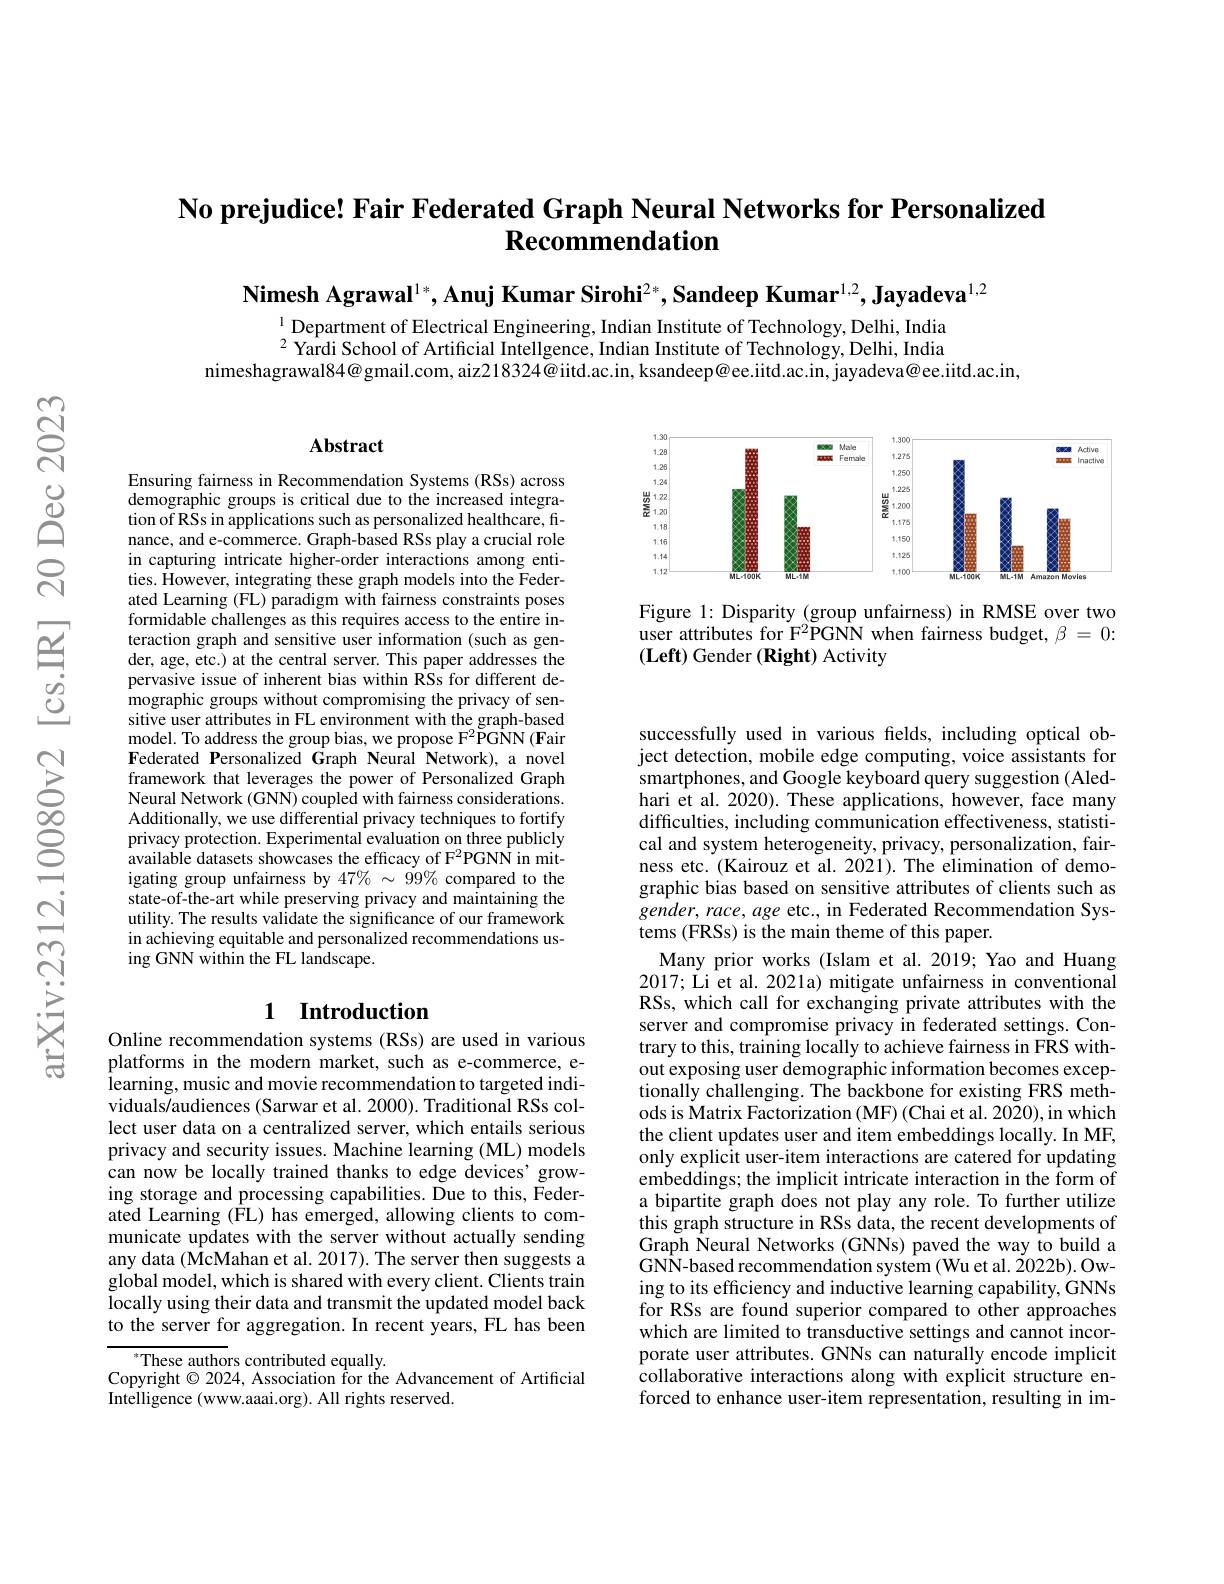
## No prejudice! Fair Federated Graph Neural Networks for Personalized Recommendation

Nimesh Agrawal$^{1*}$,Anuj Kumar Sirohi$^2*,\textbf{Sandeep Kumar}^{1,2},\textbf{Jayadeva}^{1,2}$

$^{1}$ Department of Electrical Engineering, Indian Institute of Technology, Delhi, India $^{2}$Yardi School of Artificial Intellgence, Indian Institute of Technology, Delhi, India
nimeshagrawal$84@$gmail.com, aiz21$8324@$iitd.ac.in, ksandeep@ee.iitd.ac.in, jayadeva@ee.iitd.ac.in,

### $\mathbf{Abstract}$

<FigureHere>

Figure 1: Disparity (group unfairness) in RMSE over two user attributes for F$^2$PGNN when fairness budget, $\beta = 0:$ $( \textbf{Left) Gender ( Right) Activity}$

Ensuring fairness in Recommendation Systems (RSs) across demographic groups is critical due to the increased integration of RSs in applications such as personalized healthcare, finance, and e-commerce. Graph-based RSs play a crucial role in capturing intricate higher-order interactions among entities. However, integrating these graph models into the Federated Learning (FL) paradigm with fairness constraints poses formidable challenges as this requires access to the entire interaction graph and sensitive user information (such as gender, age, etc.) at the central server. This paper addresses the pervasive issue of inherent bias within RSs for different demographic groups without compromising the privacy of sensitive user attributes in FL environment with the graph-based model. To address the group bias, we propose F$^2$PGNN( Fair Federated Personalized Graph Neural Network),a novel framework that leverages the power of Personalized Graph Neural Network (GNN) coupled with fairness considerations. Additionally, we use differential privacy techniques to fortify privacy protection. Experimental evaluation on three publicly available datasets showcases the efficacy of F$^2$PGNN in mitigating group unfairness by $47\%\sim99\%$ compared to the state-of-the-art while preserving privacy and maintaining the utility. The results validate the significance of our framework in achieving equitable and personalized recommendations using GNN within the FL landscape.

## 1 Introduction

successfully used in various felds, including optical object detection, mobile edge computing, voice assistants for smartphones, and Google keyboard query suggestion (Aledhari et al. 2020). These applications, however, face many difficulties, including communication effectiveness, statistical and system heterogeneity, privacy, personalization, fairness etc. (Kairouz et al. 2021). The elimination of demographic bias based on sensitive attributes of clients such as $gender,race,age$ etc., in Federated Recommendation Systems (FRSs) is the main theme of this paper.
Many prior works (Islam et al.2019; Yao and Huang 2017; Li et al. 2021a) mitigate unfairness in conventional RSs, which call for exchanging private attributes with the server and compromise privacy in federated settings. Contrary to this, training locally to achieve fairness in FRS without exposing user demographic information becomes exceptionally challenging. The backbone for existing FRS methods is Matrix Factorization (MF) (Chai et al. 2020), in which the client updates user and item embeddings locally. In MF, only explicit user-item interactions are catered for updating embeddings; the implicit intricate interaction in the form of a bipartite graph does not play any role. To further utilize this graph structure in RSs data, the recent developments of Graph Neural Networks (GNNs) paved the way to build a GNN-based recommendation system (Wu et al. 2022b).Owing to its efficiency and inductive learning capability, GNNs for RSs are found superior compared to other approaches which are limited to transductive settings and cannot incorporate user attributes. GNNs can naturally encode implicit collaborative interactions along with explicit structure enforced to enhance user-item representation, resulting in im-

Online recommendation systems (RSs) are used in various platforms in the modern market, such as e-commerce, e- $\hat{\text{learning, music and movie recommendation to targeted indi-}}$ viduals/audiences (Sarwar et al. 2000). Traditional RSs collect user data on a centralized server, which entails serious privacy and security issues. Machine learning (ML) models can now be locally trained thanks to edge devices' growing storage and processing capabilities. Due to this, Federated Learning (fL) has emerged, allowing clients to communicate updates with the server without actually sending any data (McMahan et al. 2017). The server then suggests a global model, which is shared with every client. Clients train locally using their data and transmit the updated model back to the server for aggregation. In recent years, FL has been

$^{*}$These authors contributed equally.
Copyright $\odot2024$, Association for the Advancement of Artificial
Intelligence (www.aaai.org). All rights reserved.